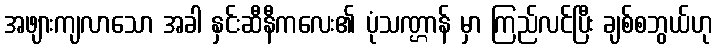
အဖျားကျလာသော အခါ နှင်းဆီနီကလေး၏ ပုံသဏ္ဌာန် မှာ ကြည်လင်ပြီး ချစ်စဘွယ်ဟု